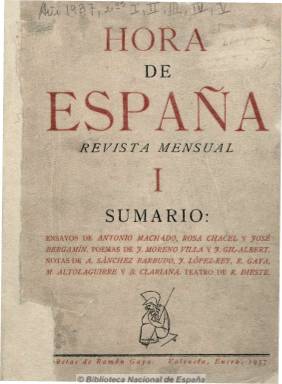
Título: Hora de España (Valencia)
Colección: Literatura
Ámbito geográfico: Valencia
Lugar de publicación: Barcelona
Fechas: 01/01/1937-31/10/1938

Subtitulada “revista mensual”, y con el lema “ensayos, poesía, crítica al servicio de la causa popular”. Se trata de la publicación literaria y artística que ha sido calificada por Serge Salaün como la “revista de la alta intelectualidad española”, cuyos artífices estuvieron “próximos a los destinos de la República”, según palabras de César Antonio Molina, quien añade que su grandeza estuvo “en la libertad creativa, la multiplicidad cultural y lingüística, así como la ideológica”:

Promovida por Juan Gil-Albert, Rafael Dieste, Ramón Gaya (que fue su principal viñetista y dibujante) y Antonio Sánchez Barbudo (que fue su primer secretario), su diseño estuvo a cargo de Manuel Altolaguirre, integrando todos ellos su primer comité de redacción. Mientras que en el consejo de colaboraciones se hallaron León Felipe, José Moreno Villa, Ángel Ferrant, Antonio Machado, José Bergamín, Tomás Navarro Tomás, Rafael Alberti, José F. Montesinos, Rodolfo Halfter, José Gaos, Dámaso Alonso y Luis Lacasa, a los que se unirán Joaquín Xirau, Pedro Bosch Gimpera, Benjamín Jarnés, Alberto José Gaos, Enrique Díez Canedo, Luis Cernuda, Corpus Barga, Juan José Domechina, Carles Riba y Juan de la Encina. También en su comité se hallarán María Zambrano y Emilio Prados. Y a todos ellos se unirán Quiroga Pla, Arturo Serrano Plaja, Rosa Chacel, Octavio Paz, César Vallejo, Max Aub, entre otros muchos más.

Al principio fue editada en Valencia y posteriormente en Barcelona, apareciendo hasta un total de 22 números, entre enero de 1937 y octubre de 1938, y estuvo subvencionada por el ministerio de propaganda a cuyo cargo estuvo Carlos Esplá. Según Waldo Frank, supuso “el mayor esfuerzo literario nacido de la guerra”, y Francisco Caudet ha destacado que fue una revista escrita en castellano y catalán, con una aportación intergeneracional, de mayores y jóvenes, en donde jugaron especial papel los componentes el “27”, “republicanos, comunistas, anarquistas, socialistas, filomarxistas, católicos, sefarditas, conservadores, hispanoamericanos, extranjeros, etc.”.

Incluyó textos de creación poética, narrativa y teatral, de ensayo, crítica literaria y de arte, semblanzas, información cultural (conferencias, conciertos, etc.), comentarios de actualidad política, reseñas bibliográficas, etc.

Existe una reproducción facsímil, realizada en Nendelrn (Liechtenstein), por Kraus Reprint, en 1972, que incluye índices. Una antología, con la selección y prólogo de Francisco Caudet, fue publicada en Ediciones Turner, en 1975.